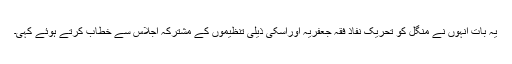
یہ بات انہوں نے منگل کو تحریک نفاذ فقہ جعفریہ اوراسکی ذیلی تنظیموں کے مشترکہ اجلاس سے خطاب کرتے ہوئے کہی۔